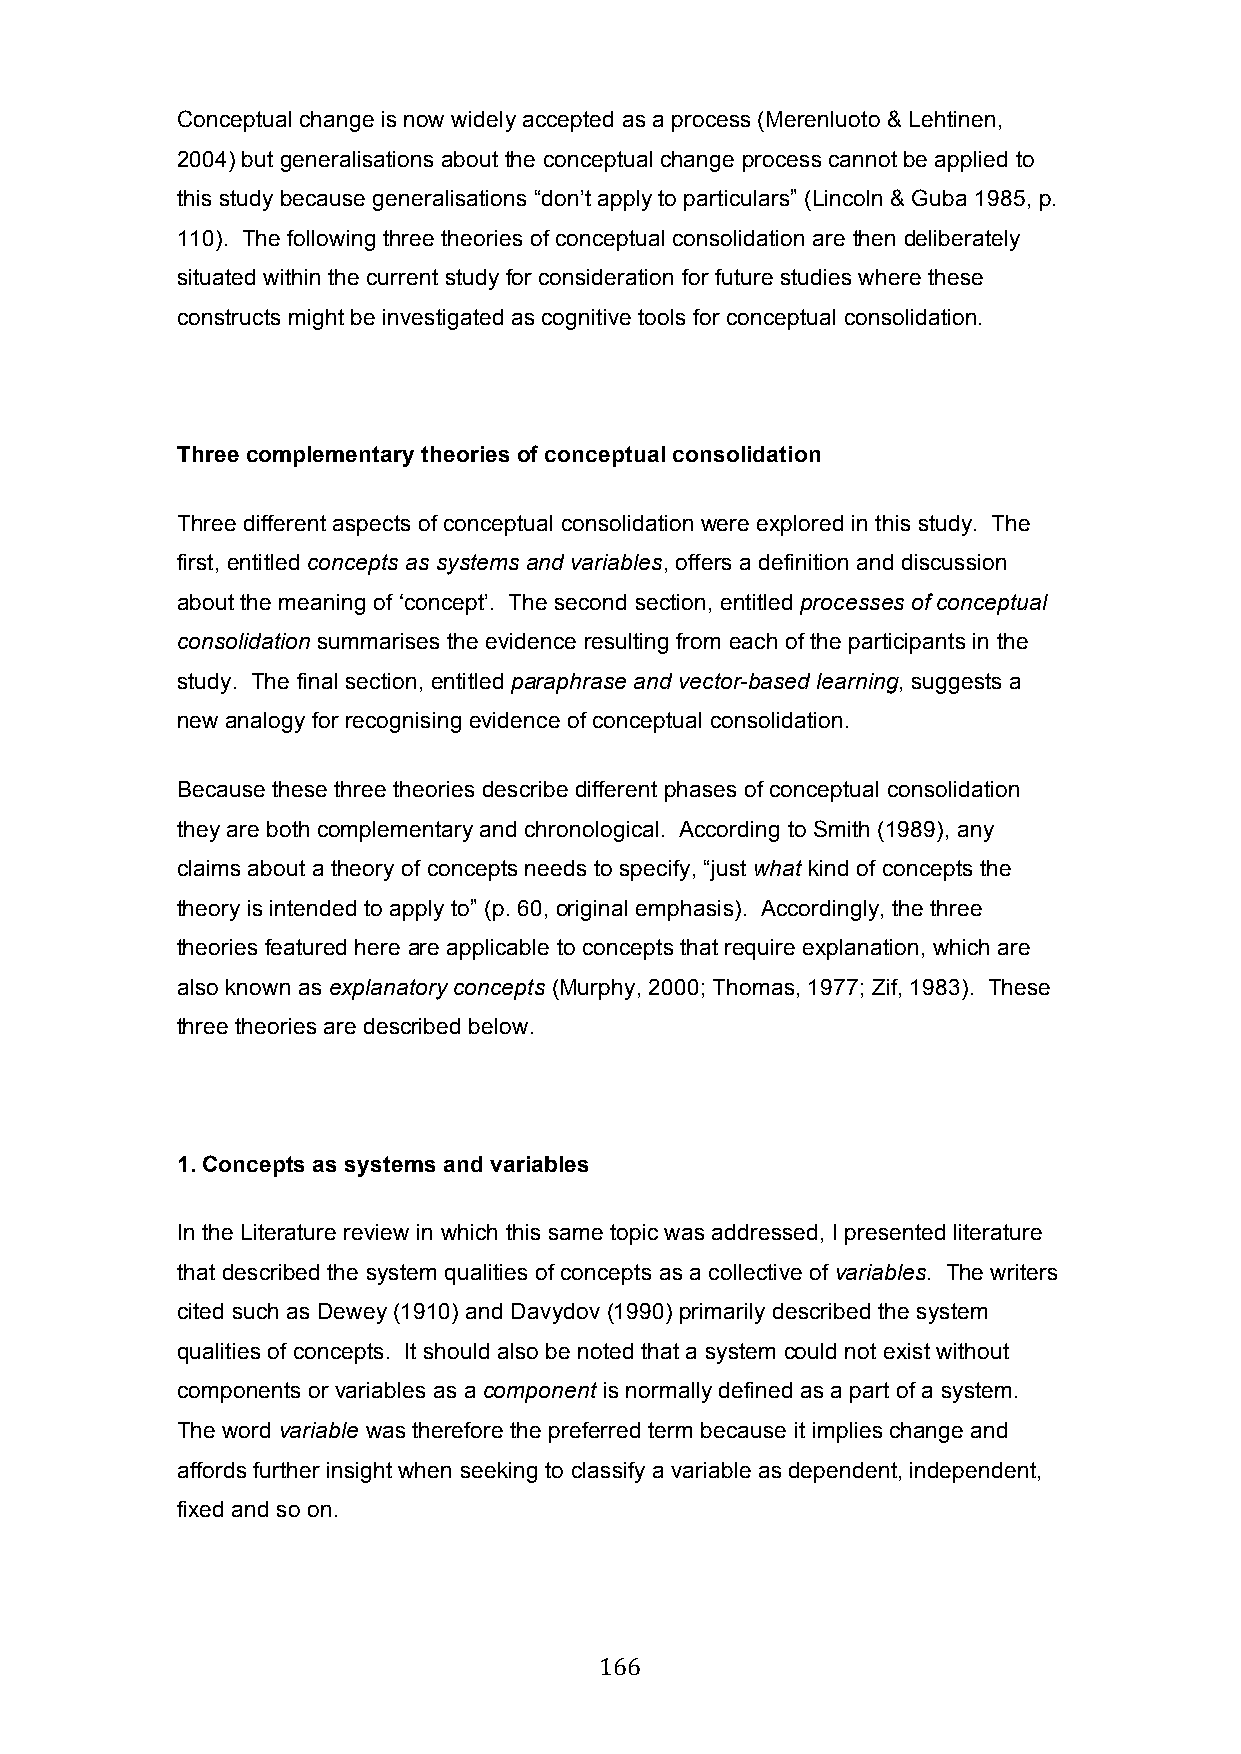
Conceptual change is now widely accepted as a process (Merenluoto & Lehtinen,
 2004) but generalisations about the conceptual change process cannot be applied to
 this study because generalisations “don’t apply to particulars” (Lincoln & Guba 1985, p.
 110). The following three theories of conceptual consolidation are then deliberately
 situated within the current study for consideration for future studies where these
 constructs might be investigated as cognitive tools for conceptual consolidation.
 Three complementary theories of conceptual consolidation
 Three different aspects of conceptual consolidation were explored in this study. The
 first, entitled concepts as systems and variables, offers a definition and discussion
 about the meaning of ‘concept’. The second section, entitled processes of conceptual
 consolidation summarises the evidence resulting from each of the participants in the
 study. The final section, entitled paraphrase and vector-based learning, suggests a
 new analogy for recognising evidence of conceptual consolidation.
 Because these three theories describe different phases of conceptual consolidation
 they are both complementary and chronological. According to Smith (1989), any
 claims about a theory of concepts needs to specify, “just what kind of concepts the
 theory is intended to apply to” (p. 60, original emphasis). Accordingly, the three
 theories featured here are applicable to concepts that require explanation, which are
 also known as explanatory concepts (Murphy, 2000; Thomas, 1977; Zif, 1983). These
 three theories are described below.
 1. Concepts as systems and variables
 In the Literature review in which this same topic was addressed, I presented literature
 that described the system qualities of concepts as a collective of variables. The writers
 cited such as Dewey (1910) and Davydov (1990) primarily described the system
 qualities of concepts. It should also be noted that a system could not exist without
 components or variables as a component is normally defined as a part of a system.
 The word variable was therefore the preferred term because it implies change and
 affords further insight when seeking to classify a variable as dependent, independent,
 fixed and so on.
 166